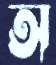
অ